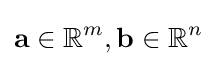
\mathbf {a} \in \mathbb {R} ^{m},\mathbf {b} \in \mathbb {R} ^{n}